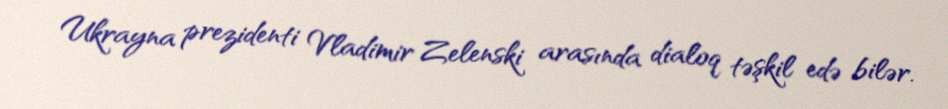
Ukrayna prezidenti Vladimir Zelenski arasında dialoq təşkil edə bilər.